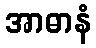
အာဓာနံ